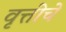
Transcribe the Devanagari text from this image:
वृत्तींचे